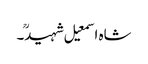
شاہ اسمعیل شہیدؒ۔